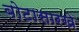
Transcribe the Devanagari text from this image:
बोटासारखे